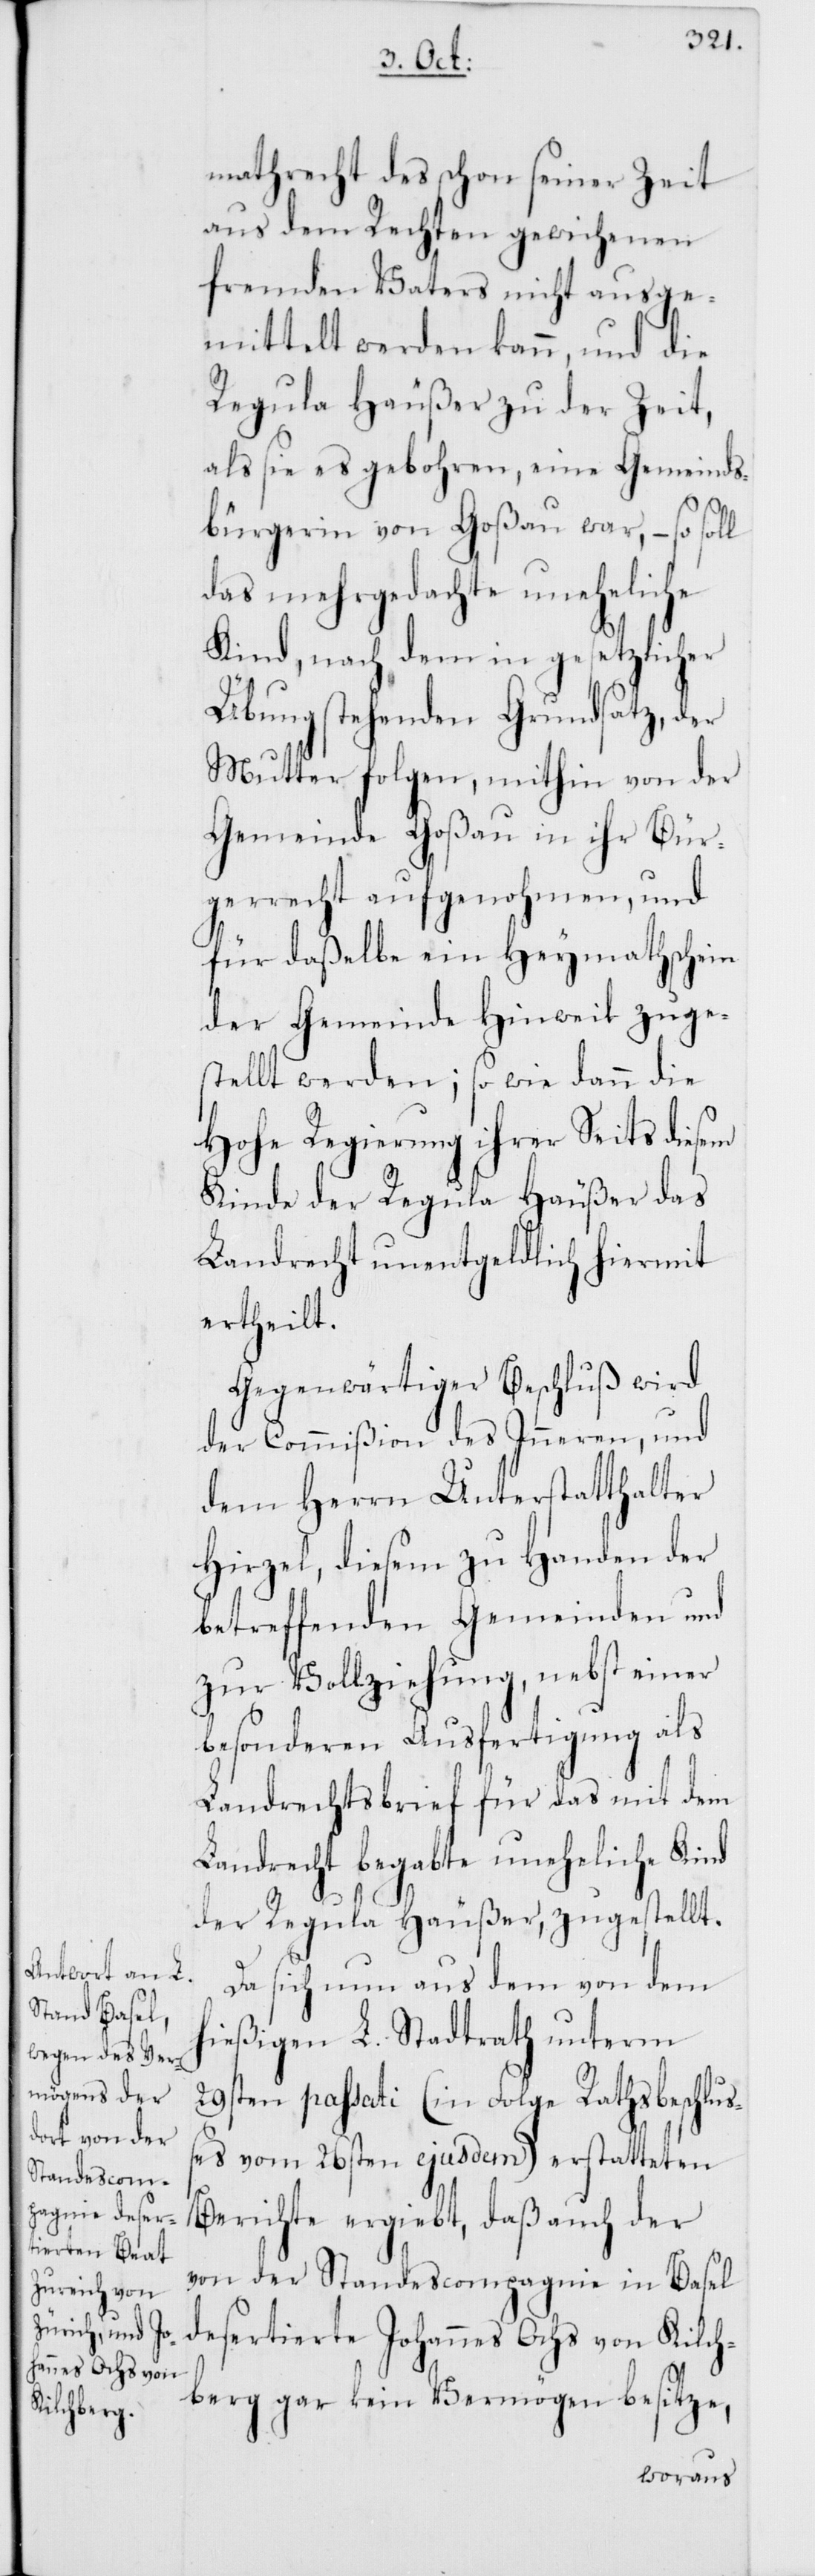
mathrecht des schon seiner Zeit
aus dem Rechten gewichenen
fremden Vaters nicht ausge¬
mittelt werden kann, und die
Regula Häußer zu der Zeit,
als sie es gebohren, eine Gemeinds¬
bürgerin von Goßau war, – so soll
das mehrgedachte uneheliche
Kind, nach dem in gesetzlicher
Übung stehenden Grundsatz, der
Mutter folgen, mithin von der
Gemeinde Goßau in ihr Bür¬
gerrecht aufgenohmen, und
für daßelbe ein Heymathschein
der Gemeinde Hinwil zug¬
stellt werden; so wie dann die
Hohe Regierung ihrer Seits diesem
Kinde der Regula Häußer das
Landrecht unentgeldlich hiermit
ertheilt.
Gegenwärtiger Beschluß wird
der Commißion des Inneren, und
dem Herrn Unterstatthalter
Hirzel, diesem zu Handen der
betreffenden Gemeinden und
zur Vollziehung, nebst einer
besonderen Ausfertigung als
Landrechtsbrief für das mit dem
Landrecht begabte uneheliche Kind
der Regula Häußer, zugestellt.
Da sich nun aus dem von dem
hießigen L. Stadtrath unterm
29sten passati (in Folge Rathsbeschluß¬
es vom 26sten ejusdem) erstatteten
Berichte ergiebt, daß auch der
von der Standescompagnie in Basel
desertierte Johannes Ochs von Kilch¬
berg gar kein Vermögen besitze,